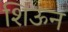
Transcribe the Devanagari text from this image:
शिऊन